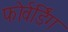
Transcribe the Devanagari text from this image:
फोर्वर्डिंग